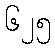
၆၂၅